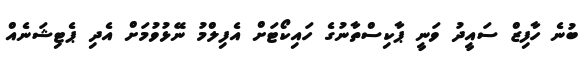
ބުނެ ހާފިޒް ސައީދު ވަނީ ޕާކިސްތާނުގެ ހައިކޯޓަށް އެފިލްމު ނޭޅުވުމަށް އެދި ޕެޓިޝަނެއް